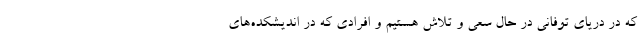
که در دریای توفانی در حال سعی و تلاش هستیم و افرادی که در اندیشکده‌های